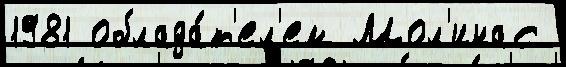
1981 облада́т'ел'ем Мол'инас